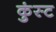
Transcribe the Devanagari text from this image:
कुंस्ट